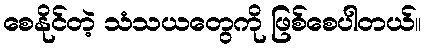
စေနိုင်တဲ့ သံသယတွေကို ဖြစ်စေပါတယ်။